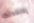
إفتقدتك